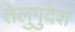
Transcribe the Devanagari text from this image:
तेलुगुदेश